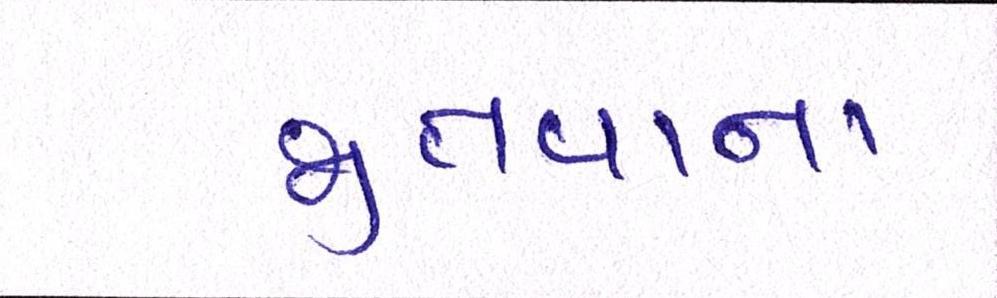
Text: જીતવાના